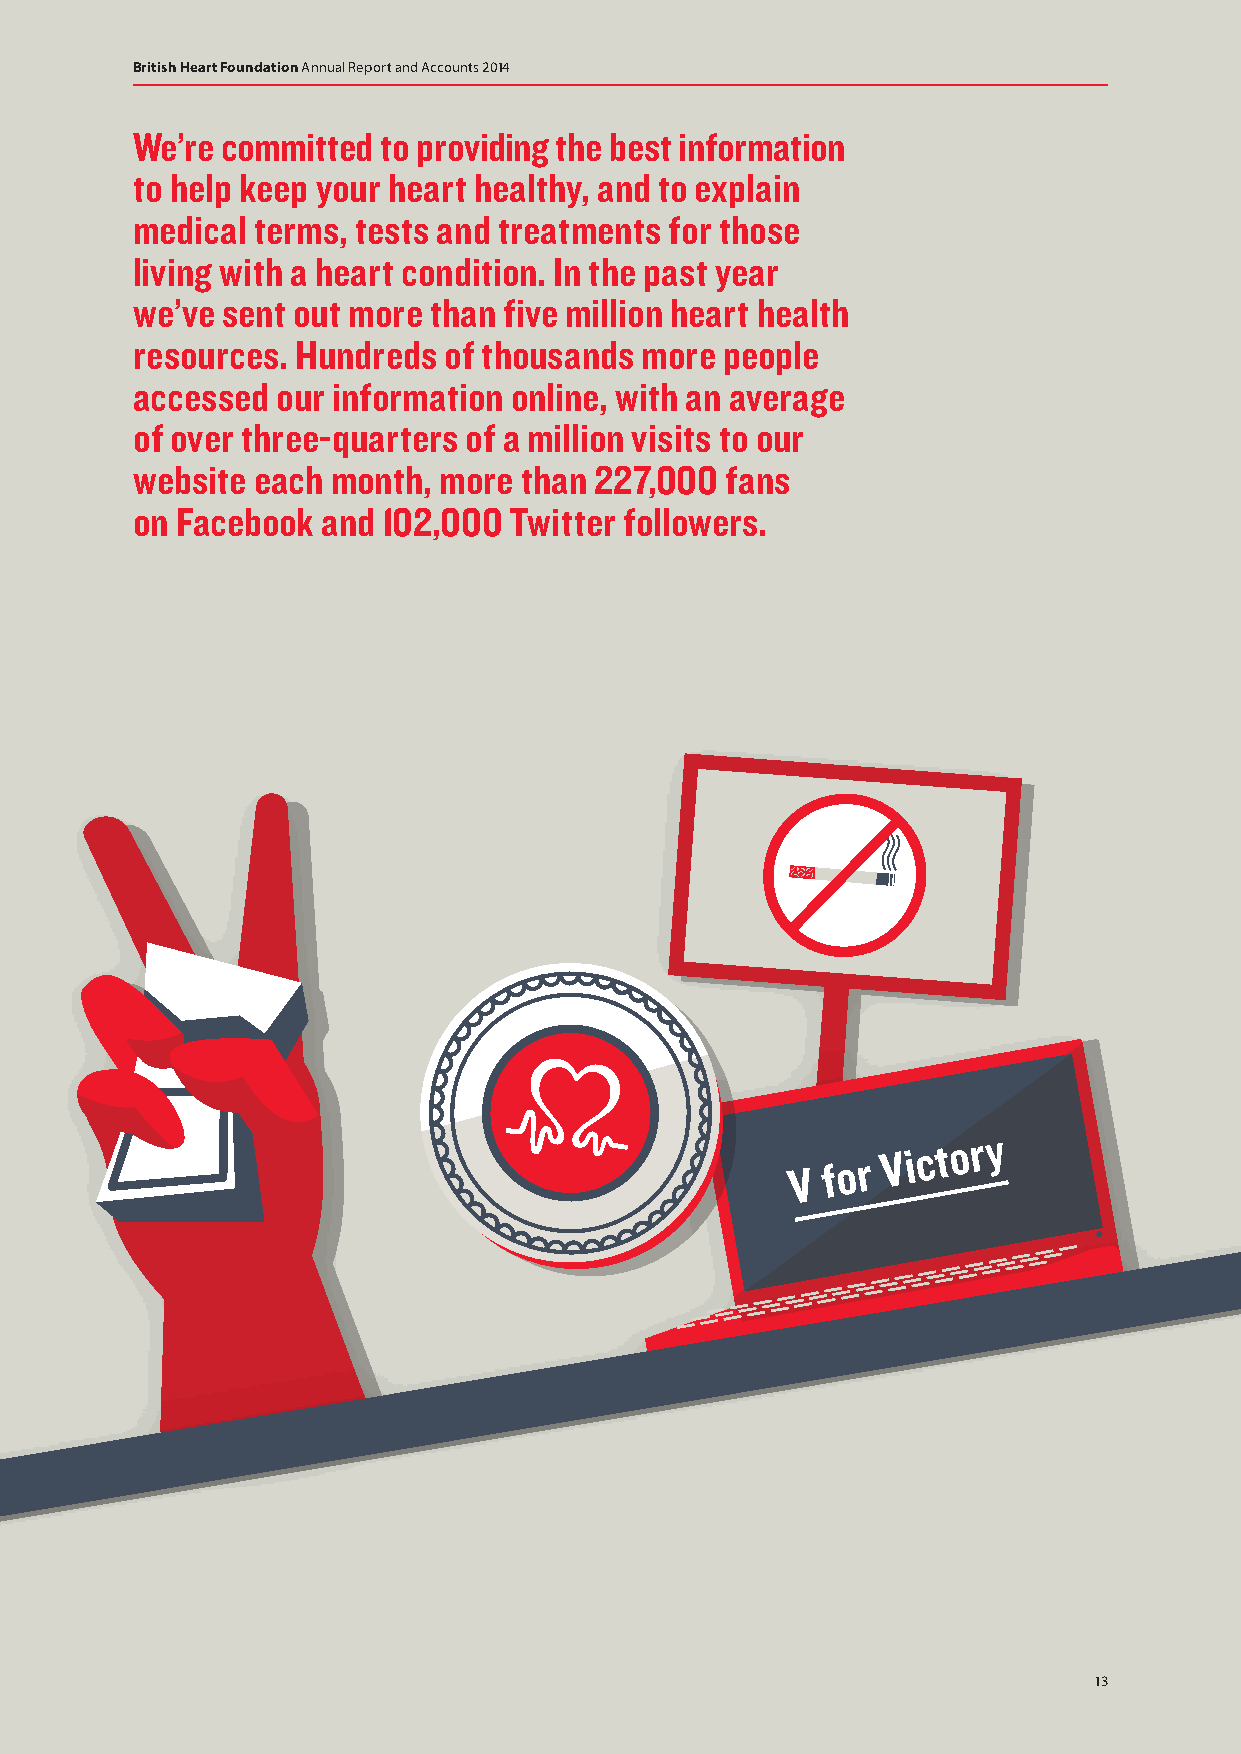
British Heart Foundation Annual Report and Accounts 2014
 We’re committed to providing the best information
 to help keep your heart healthy, and to explain
 medical terms, tests and treatments for those
 living with a heart condition. In the past year
 we’ve sent out more than five million heart health
 resources. Hundreds of thousands more  people
 accessed our information online, with an average
 of over three-quarters of a million visits to our
 website each month, more than 227,000  fans
 on Facebook and 102,000  Twitter followers.
 VV f of or rV Vi ci ct ot or yr y
 V V f o f or r
 V Vi c i ct o t or y r y
 13